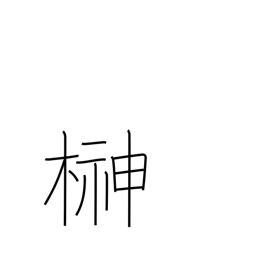
Meaning: sacred Shinto tree